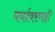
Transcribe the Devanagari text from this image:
पर्यावरणही